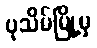
ပုသိမ်မြို့မှ